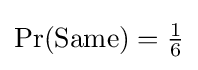
{\textstyle \Pr({\text{Same}})={\tfrac {1}{6}}}